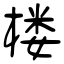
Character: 楼